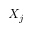
X _ { j }